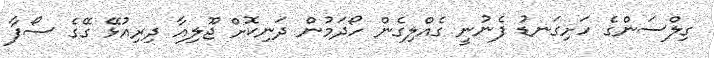
ގިލްސަންގެ ހަށިގަނޑު ފެނުނީ ގެއްލިގެން ހޯދަމުން ދަނިކޮށް ޖޫލިއާ ދިރިއުޅޭ ގޭގެ ސޯފާ